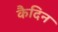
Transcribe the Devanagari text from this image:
कैदिन